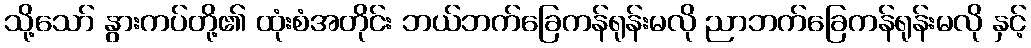
သို့သော် နွားကပ်တို့၏ ထုံးစံအတိုင်း ဘယ်ဘက်ခြေကန်ရုန်းမလို ညာဘက်ခြေကန်ရုန်းမလို နှင့်